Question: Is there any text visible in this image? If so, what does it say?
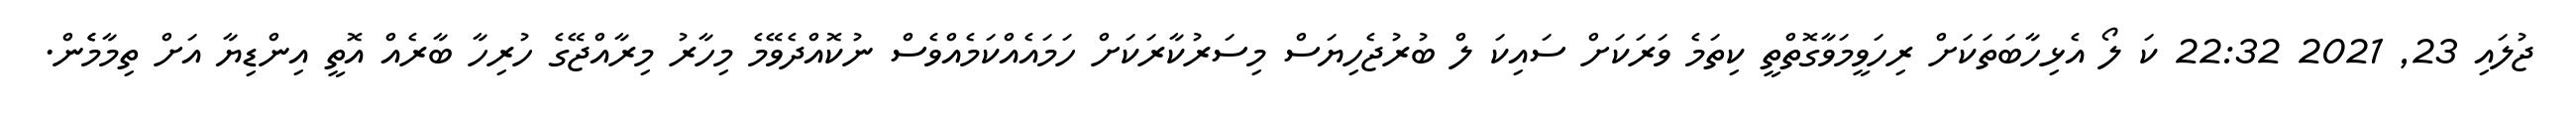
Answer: ޖުލައި 23, 2021 22:32 ކަ ލޯ އެޅިހާބަތަކަށް ރިހަވީމަވާގޮތްތީ ކިތަމެ ވަރަކަށް ސައިކަ ލް ބުރުޖެހިޔަސް މިސަރުކާރަކަށް ހަމައެއްކަމެއްވެސް ނުކޮއްދެވޭމެ މިހާރު މިރާއްޖޭގެ ހުރިހާ ބާރެއް އޮތީ އިންޑިޔާ އަށް ތިމާމެެން.